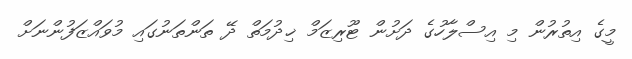
މީގެ އިތުރުން މި އިސްލާހުގެ ދަށުން ޓޫރިޒަމް ޚިދުމަތް ދޭ ތަންތަނުގައި މުވައްޒަފުންނަށް